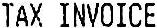
TAX INVOICE